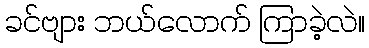
ခင်ဗျား ဘယ်လောက် ကြာခဲ့လဲ။